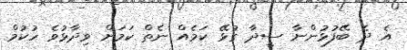
އެ ދެ ބޭފުޅުންނާ ސީދާ ގުޅޭ ކަމެއް ނެތް ކަމަށް ވިދާޅުވެ ހުކުމް